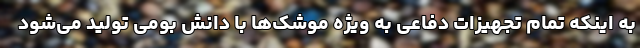
به اینکه تمام تجهیزات دفاعی به ویژه موشک‌ها با دانش بومی تولید می‌شود